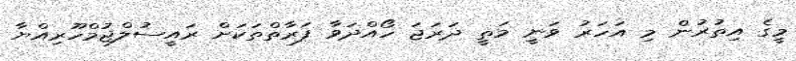
މީގެ އިތުރުން މި އަހަރު ވަނީ މަތީ ދަރަޖަ ހޯއްދަވާ ފަރާތްތަކަށް ރައީސުލްޖުމްހޫރިއްޔާ